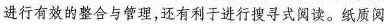
进行有效的整合与管理，还有利于进行搜寻式阅读。纸质阅